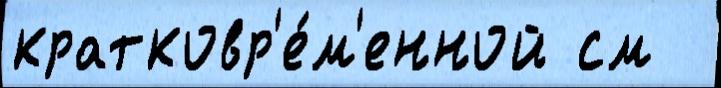
кратковр'е́м'енной см